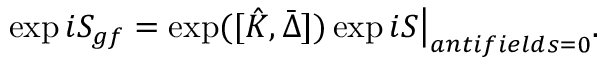
\exp i S _ { g f } = \exp ( [ \hat { K } , \bar { \Delta } ] ) \exp i S \big \vert _ { a n t i f i e l d s = 0 } .